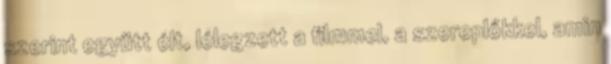
szerint együtt élt, lélegzett a filmmel, a szereplőkkel, amin